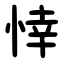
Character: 悻